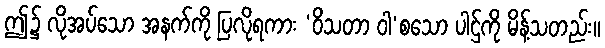
ဤ၌ လိုအပ်သော အနက်ကို ပြလိုရကား ‘ဝိသတာ ဝါ’စသော ပါဌ်ကို မိန့်သတည်း။